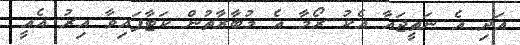
އަދި އެ ނަތީޖައާ އެކު ރޯމާ އެ މުބާރާތުން ކަޓާފައިވާ އިރު އެއީ